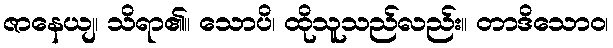
ဇာနေယျ၊ သိရာ၏။ သောပိ၊ ထိုသူသည်လည်း။ တာဒိသောဝ၊